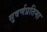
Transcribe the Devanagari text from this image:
सुवर्णप्रतिमा